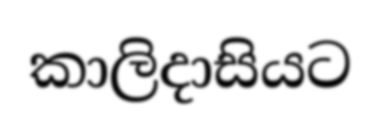
කාලිදාසියට